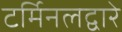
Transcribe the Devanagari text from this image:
टर्मिनलद्वारे